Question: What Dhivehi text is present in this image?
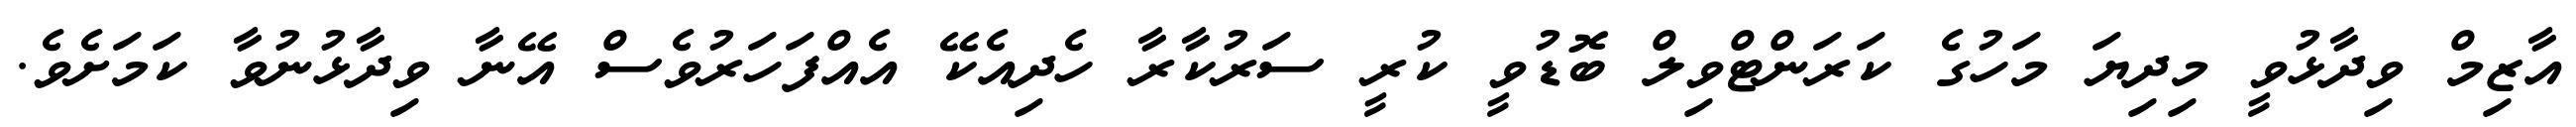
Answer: އާޒިމް ވިދާޅުވީ މިދިޔަ މަހުގެ ކަރަންޓްވިލް ބޮޑުވީ ކުރީ ސަރުކާރާ ހެދިއެކޭ އެއްފަހަރުވެސް އޭނާ ވިދާޅުނުވާ ކަމަށެވެ.